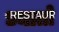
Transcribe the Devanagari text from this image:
ध्यातो